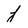
Character: f